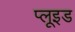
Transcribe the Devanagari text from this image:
प्लूइड